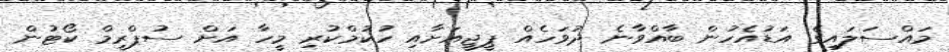
މައްސަލައިގެ އަޑުއެހުން ބާއްވާނެ ދުވަހެއް ޕީޖީއަށާއި ހުކުމްކުރި މީހާ އަށް ސުޕްރީމް ކޯޓުން